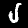
Label: 5